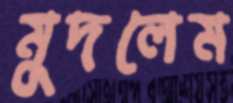
মুদলেম